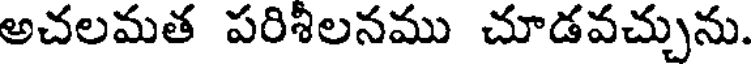
అచలమత పరిశీలనము చూడవచ్చును.